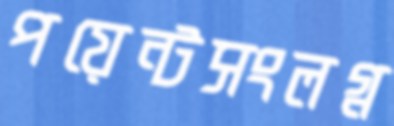
পয়েন্টসংলগ্ন